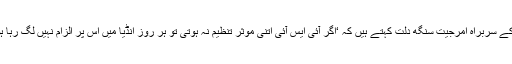
را کے سربراہ امرجیت سنگھ دُلت کہتے ہیں کہ ‘اگر آئی ایس آئی اتنی موثر تنظیم نہ ہوتی تو ہر روز انڈیا میں اس پر الزام نہیں لگ رہا ہوتا۔